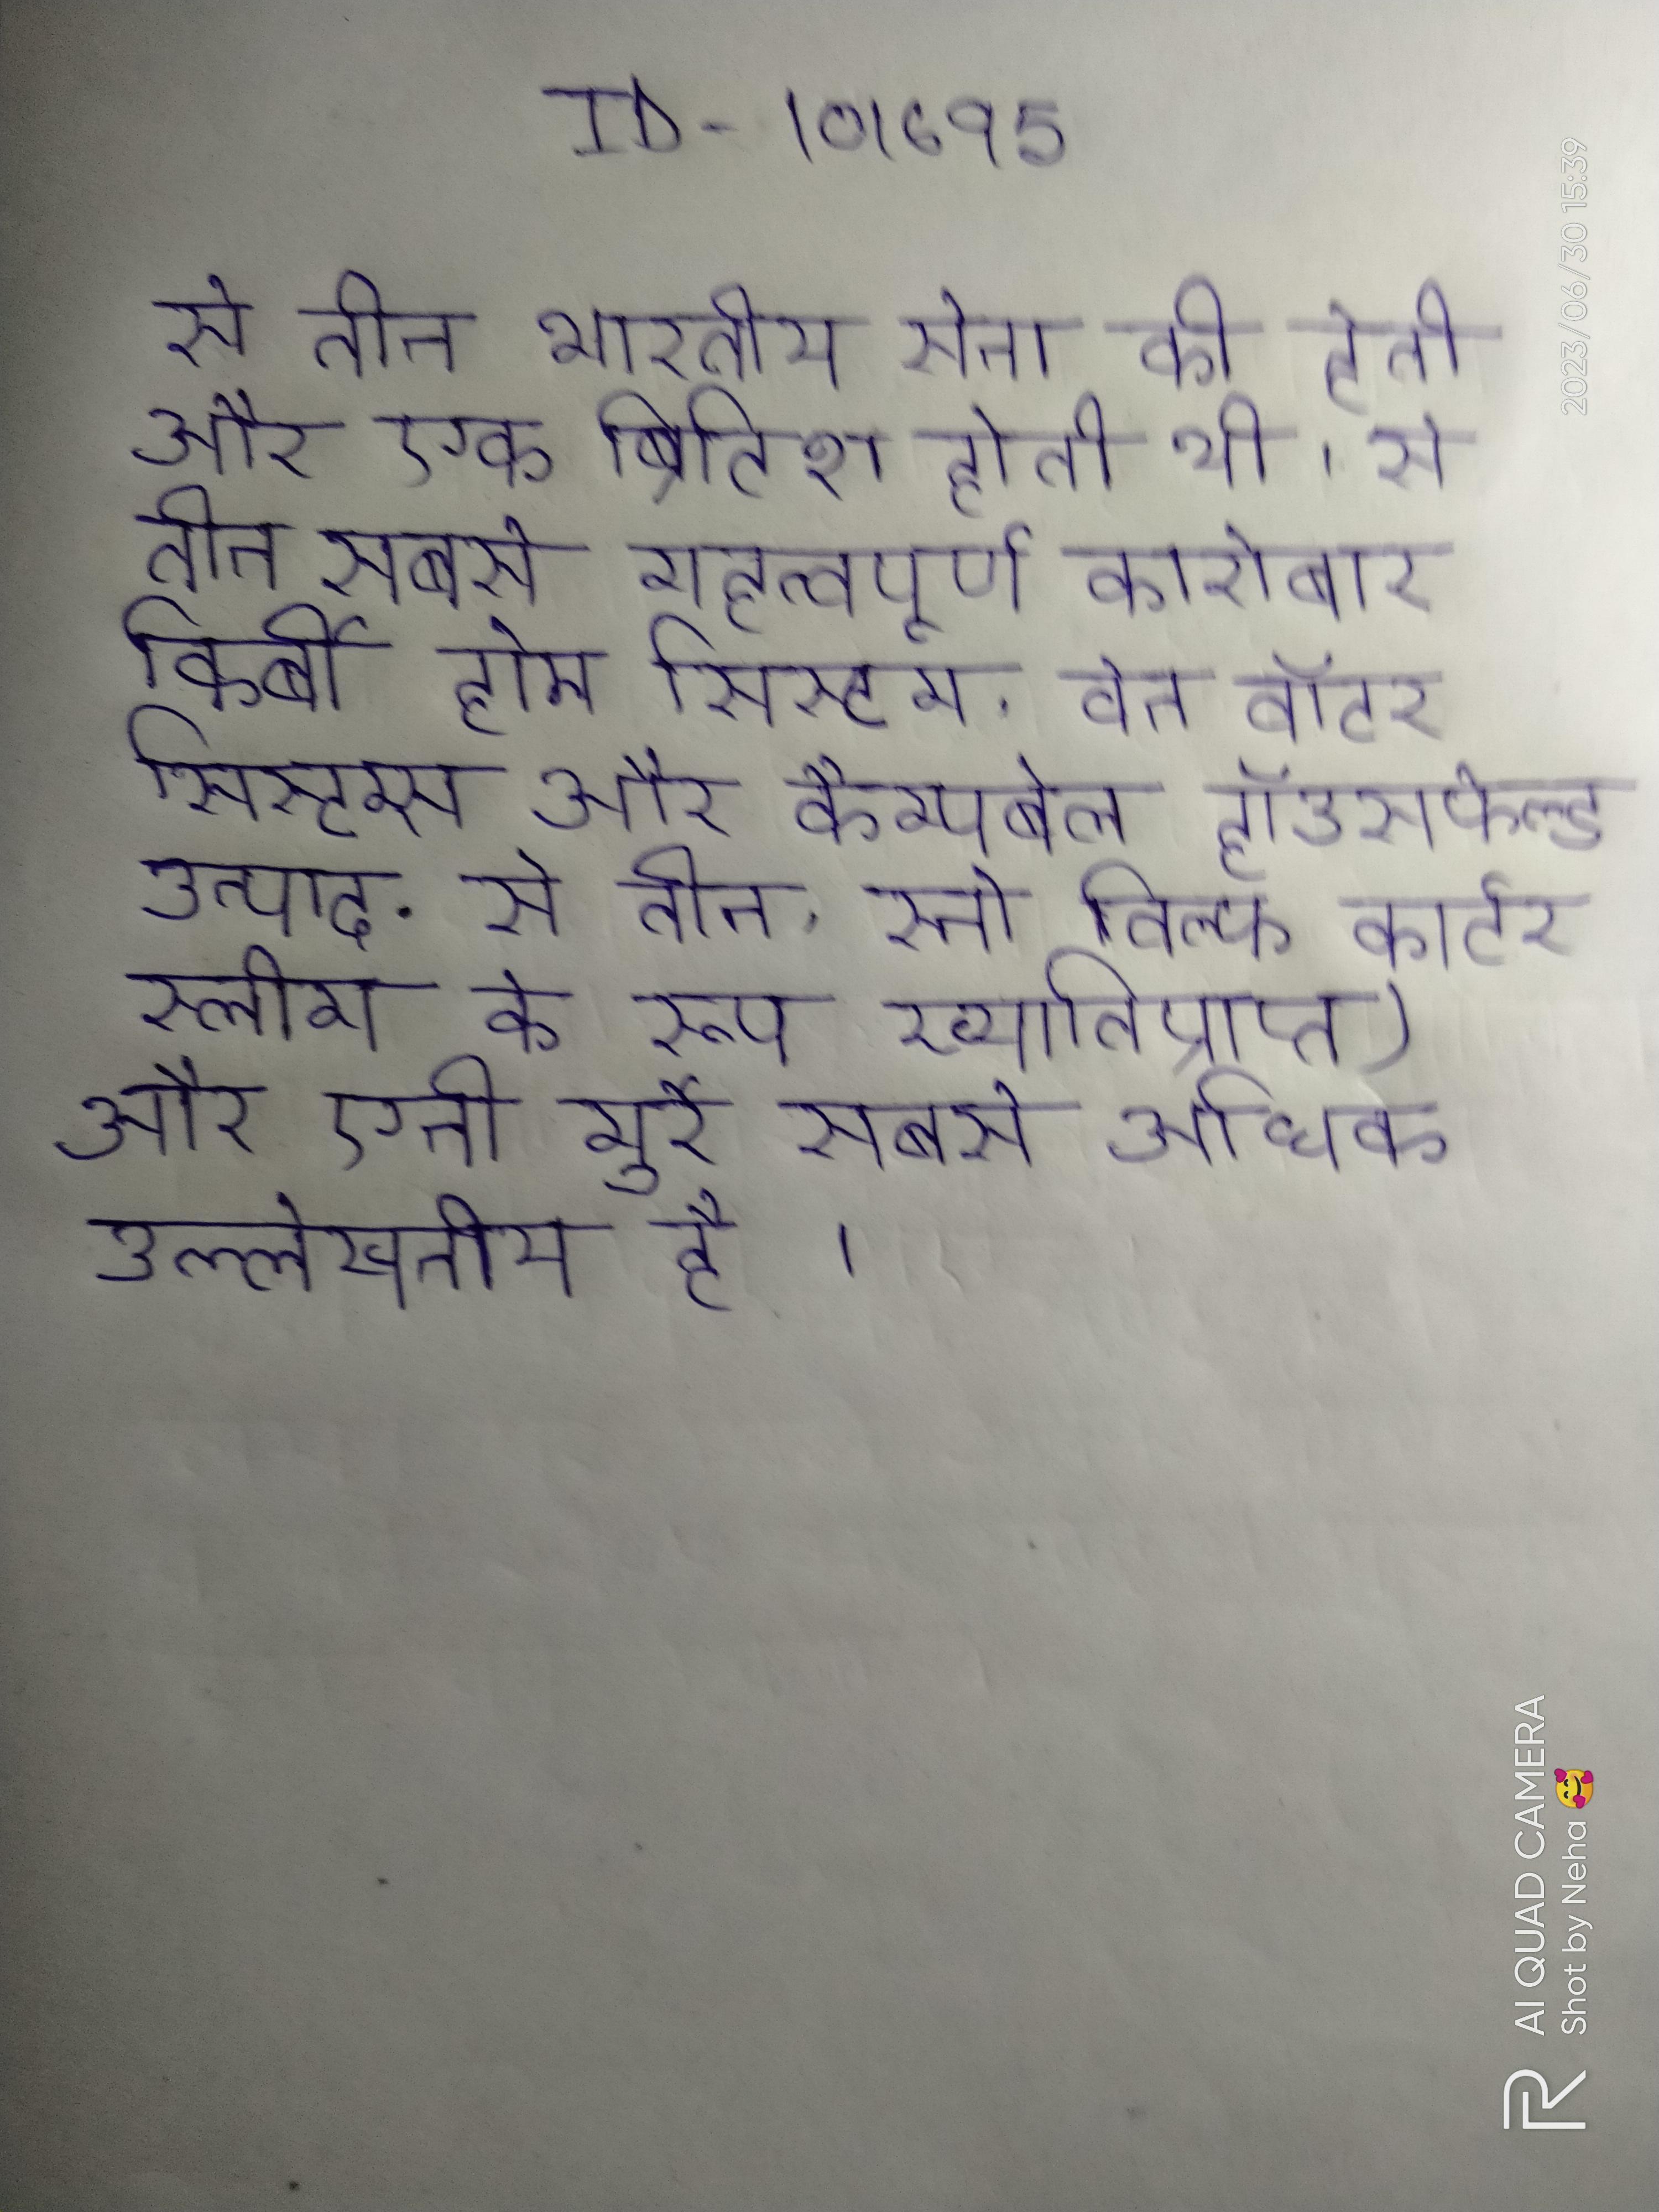
से तीन भारतीय सेना की होती और एक ब्रिटिश होती थी । से तीन सबसे महत्वपूर्ण कारोबार किर्बी होम सिस्टम, वेन वॉटर सिस्टम्स और कैम्पबेल हॉउसफेल्ड उत्पाद . से तीन, स्नो विल्फ कार्टर स्लीम के रूप ख्यातिप्राप्त) और एनी मुर्रे सबसे अधिक उल्लेखनीय है ।